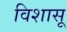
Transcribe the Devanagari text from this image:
विशासू